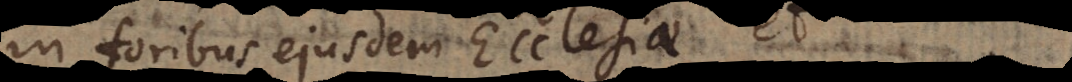
in foribus ejusdem Ecclesiae,